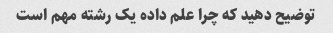
توضیح دهید که چرا علم داده یک رشته مهم است